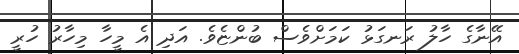
އޭނާގެ ހާލު ރަނގަޅު ކަމަށްވެސް ބުންޏެވެ. އަދި އެ މީހާ މިހާރު ހުރީ